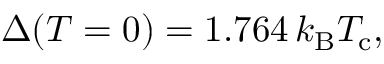
\Delta ( T = 0 ) = 1 . 7 6 4 \, k _ { \mathrm { { B } } } T _ { \mathrm { { c } } } ,